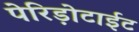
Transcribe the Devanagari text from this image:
पेरिड़ोटाईट